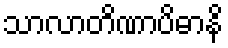
သာလာတိဏာပိဓာနိ